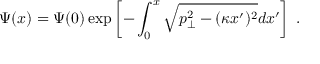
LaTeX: \Psi ( x ) = \Psi ( 0 ) \exp \left[ - \int _ { 0 } ^ { x } \sqrt { p _ { \perp } ^ { 2 } - ( \kappa x ^ { \prime } ) ^ { 2 } } d x ^ { \prime } \right] \; .